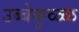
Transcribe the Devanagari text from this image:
उब्बेकुळ्ळ